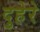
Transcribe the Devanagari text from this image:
दुहेरे